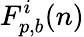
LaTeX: F_{p,b}^{i}(n)